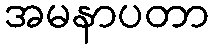
အမနာပတာ